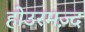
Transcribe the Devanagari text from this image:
होउरमज़्द